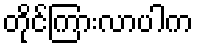
တိုင်ကြားလာပါက